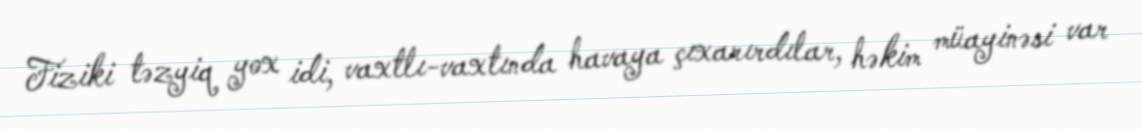
Fiziki təzyiq yox idi, vaxtlı-vaxtında havaya çıxarırdılar, həkim müayinəsi var